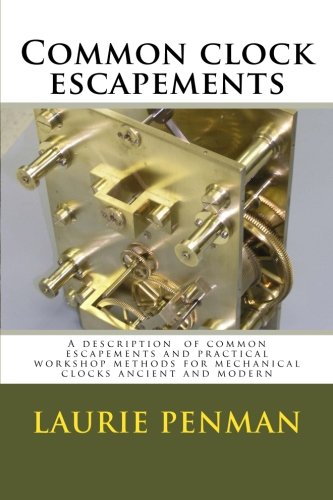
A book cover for Common clock escapements: A description  of common escapements and practical workshop methods for mechanical clocks ancient and modern; Laurie Penman; Crafts, Hobbies & Home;